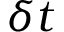
\delta t